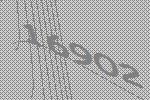
16902